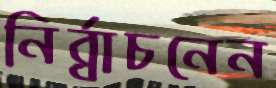
নির্র্বাচনেন